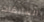
السابقات